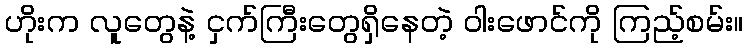
ဟိုးက လူတွေနဲ့ ငှက်ကြီးတွေရှိနေတဲ့ ဝါးဖောင်ကို ကြည့်စမ်း။